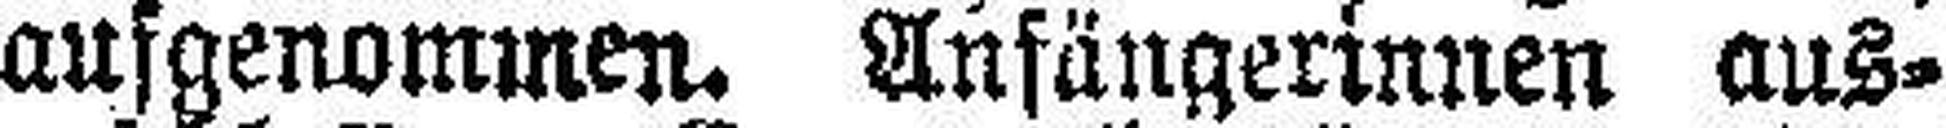
aufgenommen. Anfängerinnen aus¬